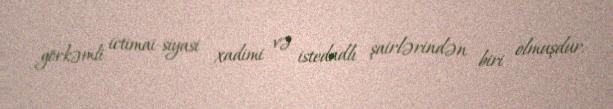
görkəmli ictimai-siyasi xadimi və istedadlı şairlərindən biri olmuşdur.